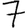
Digit: 7